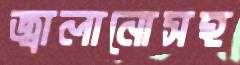
জ্বালানোসহ